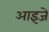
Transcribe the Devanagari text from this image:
आइजे